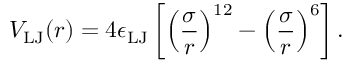
V _ { \mathrm { L J } } ( r ) = 4 \epsilon _ { \mathrm { L J } } \left[ \left( \frac { \sigma } { r } \right) ^ { 1 2 } - \left( \frac { \sigma } { r } \right) ^ { 6 } \right] .